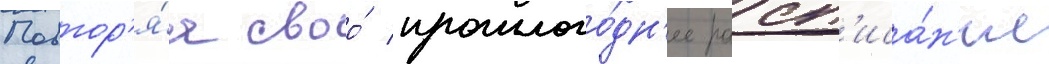
Повтор'я́я своо́ прошлого́дн'ее расп'иса́н'ие